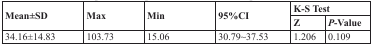
<table><thead><tr><td rowspan="2"><b>Mean±SD</b></td><td rowspan="2"><b>Max</b></td><td rowspan="2"><b>Min</b></td><td rowspan="2"><b>95%CI</b></td><td colspan="2"><b>K-S Test</b></td></tr><tr><td><b>Z</b></td><td><b><i>P</i>-Value</b></td></tr></thead><tbody><tr><td>34.16±14.83</td><td>103.73</td><td>15.06</td><td>30.79~37.53</td><td>1.206</td><td>0.109</td></tr></tbody></table>